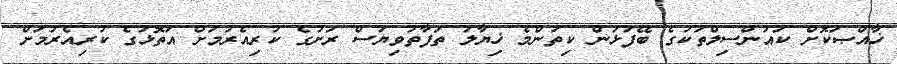
ޚާއްޞަކޮށް ކައުންސިލްތަކުގެ ބޭފުޅުން ކިތަންމެ ޚިޔާލު ތަފާތުވިޔަސް ރަށުގެ ކުރިއެރުމަށް އަތޮޅުގެ ކުރިއެރުމަށް